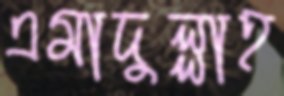
এমাদুল্লাহ